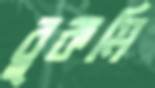
বুকমি